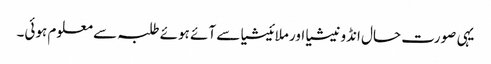
یہی صورت حال انڈونیشیا اور ملائیشیا سے آئے ہوئے طلبہ سے معلوم ہوئی۔